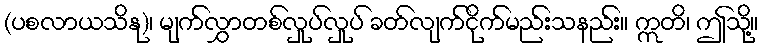
(ပစလာယသိနု)၊ မျက်လွှာတစ်လှုပ်လှုပ် ခတ်လျက်ငိုက်မည်းသနည်း။ ဣတိ၊ ဤသို့။